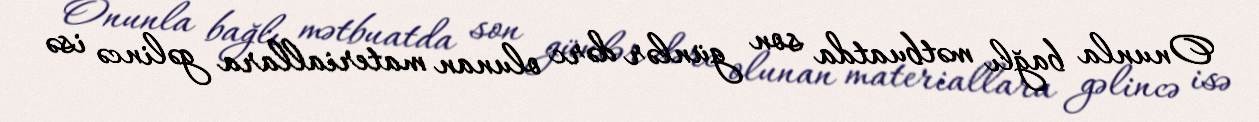
Onunla bağlı mətbuatda son günlər dərc olunan materiallara gəlincə isə